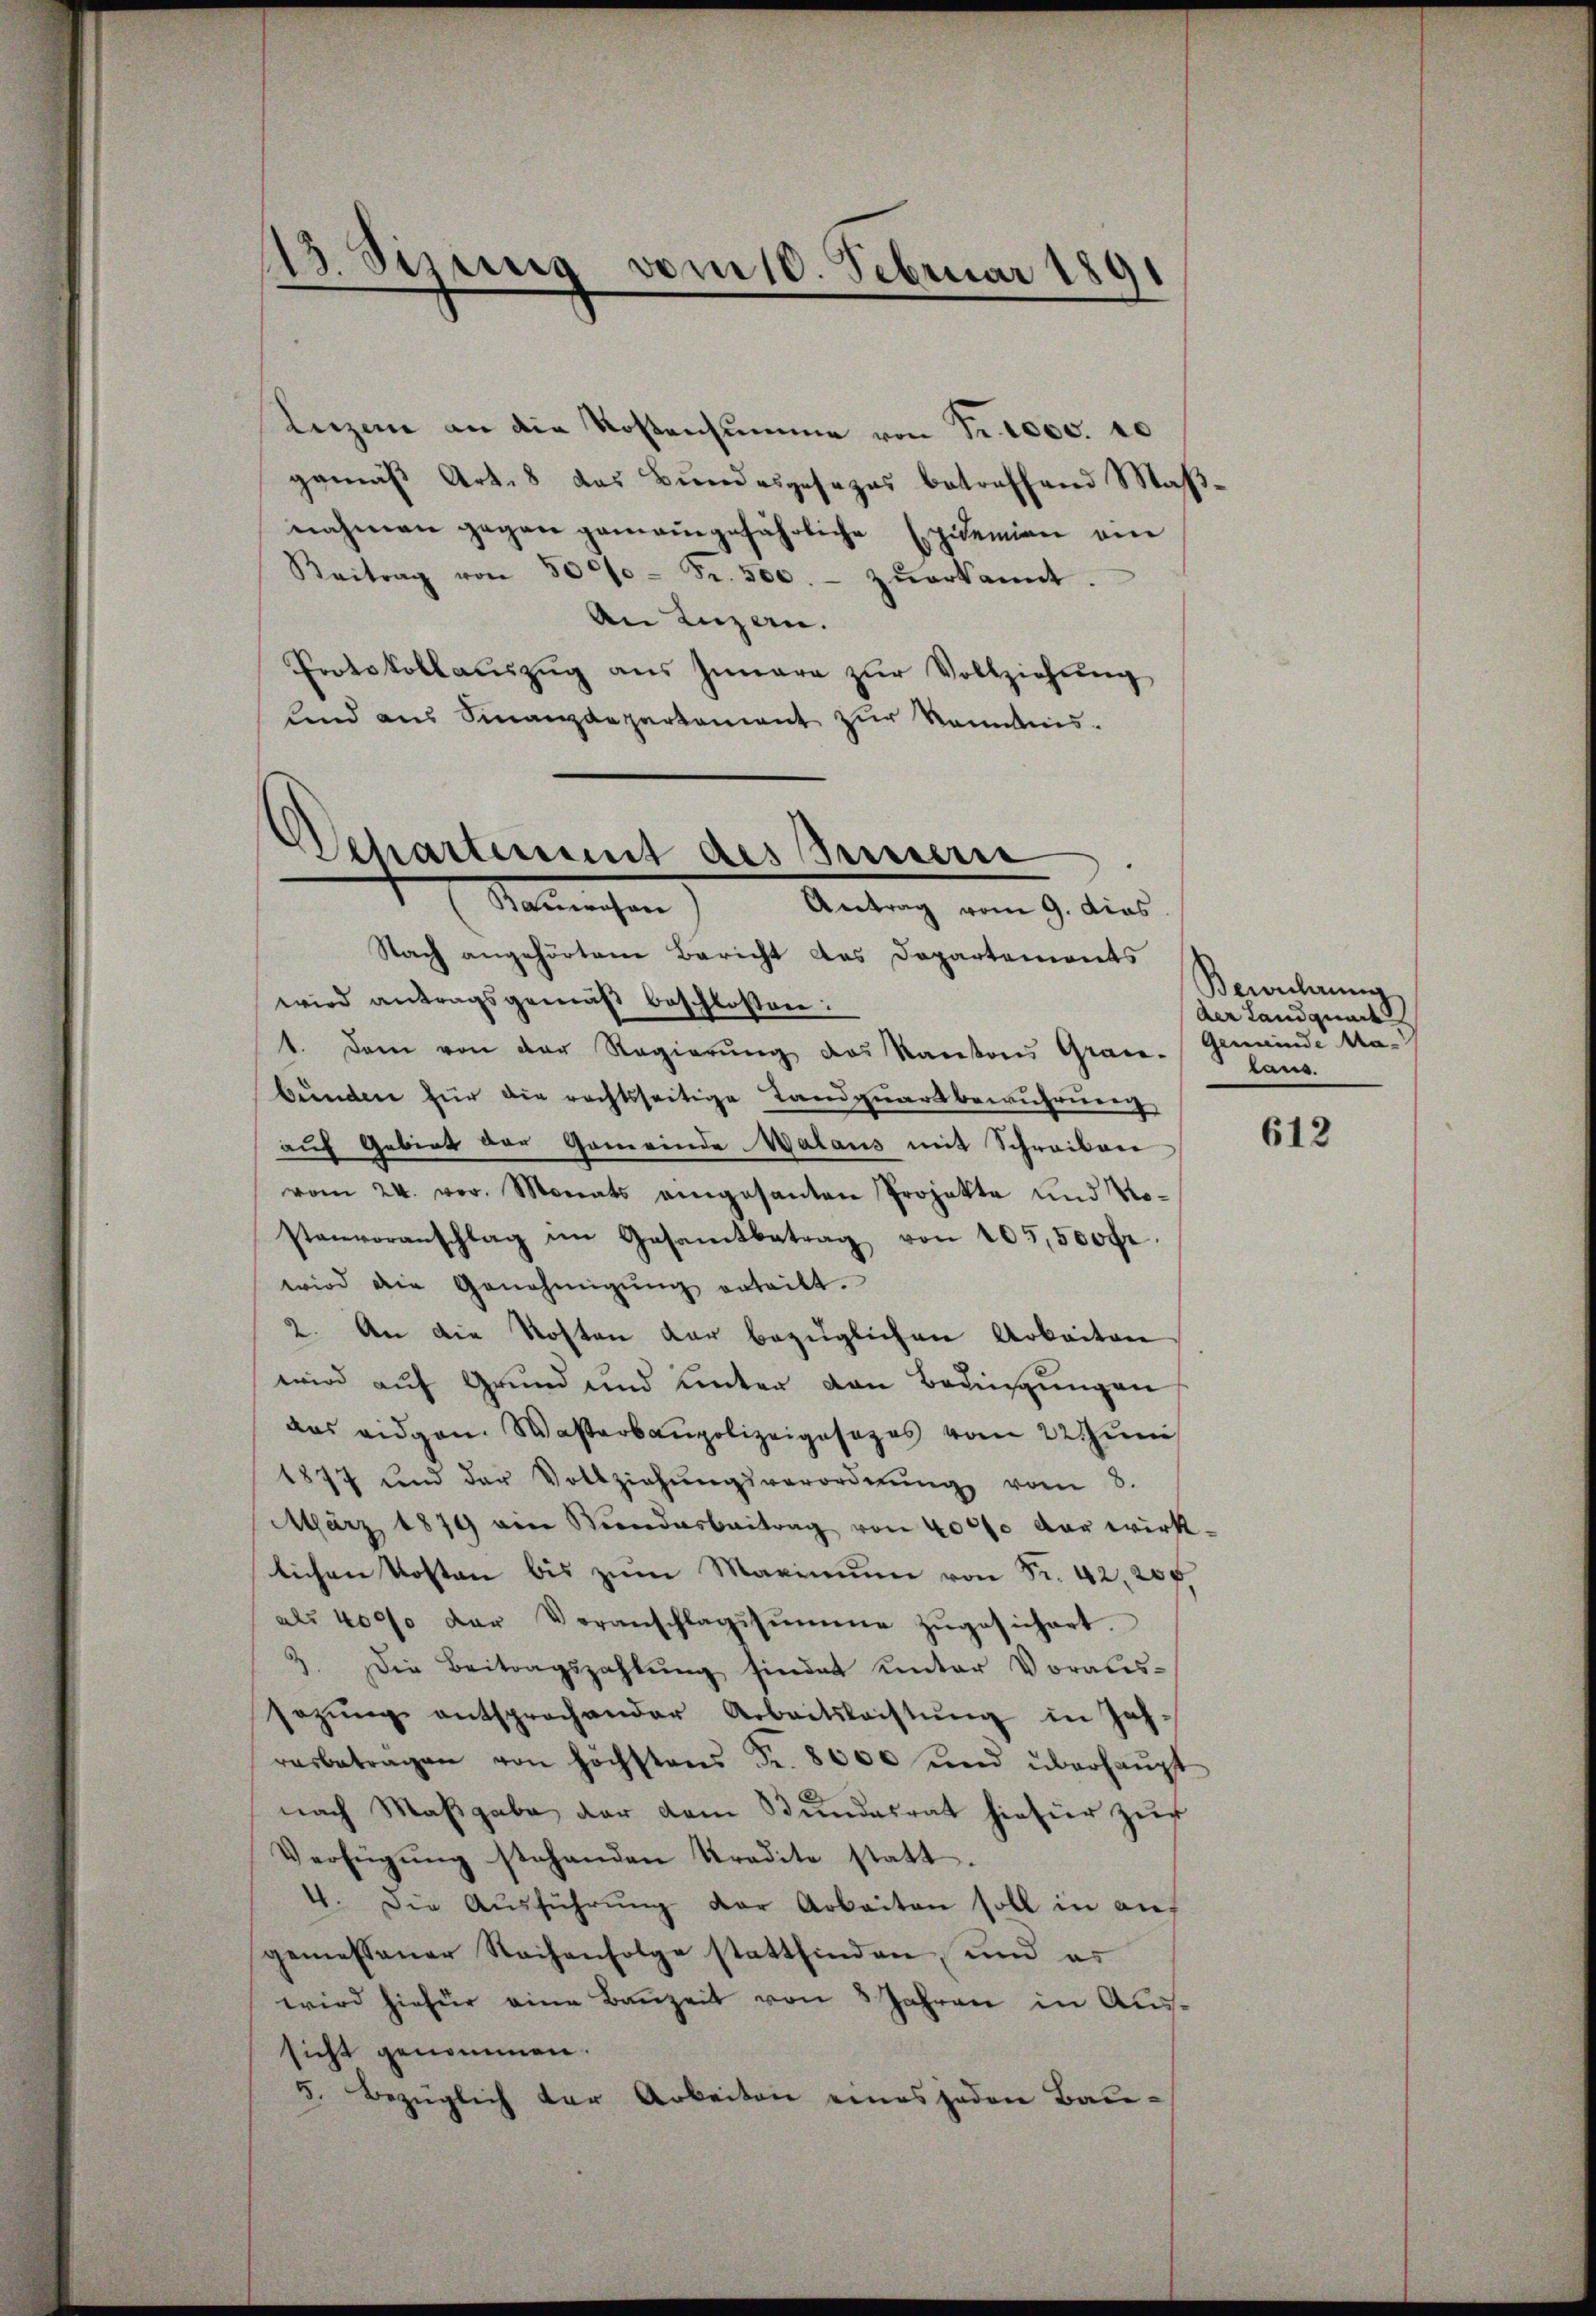
13 Sizung vom 10. Februar 1891
e

Lizen an die Kostensumme von Fr. 1000. 10
gemäβ Art. 8 das Bundesgesezes betreffend Maβ
nahmen gegen gemeingefährliche Epidemien am
Beitrag von 5000 Fr. 500.- zŭerkannt.
An Luzern.
Protokollaŭszŭg aŭs Iunare zŭr Vollziehung
lind aus Finanzdepartement zur Kenntnis.

Departement des Innern
Katechen
Antrag vom 9. dies

Nach angehörten Bericht des Departemonts
wird antragsgemäß beschlossen:
1. Dann von der Regierŭng des Kantons Grau-
bunden für die rechtsseitige Landquartsbewuhrung
auf Gebiet der Gemeinde Malaus mit Schreiben
vom 24. vor. Monats eingesanten Projekte und Nostenvoranschlag im Gesamtbetrag von 105,500fr.
wird die Genehmigŭng erteilt.
2. An die Kosten dar bezüglichen Arbeiten
wird auf Grund und unter von Bedingungen
das eidgen. Wasserbaupolizeigesezes vom 22 Juni
1877 und der Vollziehŭngsverordnŭng vom 8.
März 1879 ein Kindesbeitrag von 40000 der wirk-
lichen Kosten bis zum Maximum von Fr. 42, 206.
als 4000 der Veranschlagssumme zŭgesichert.
3. Die Beitragszahlung sindet unter Voraussezŭng entsprochender Arbeitsleistŭng in Jah-
resbeträgen von höchstens Fr. 8000 und überhaupt
st
nach Maβgabe der dem Bŭndesrat hiefür zŭr
Verfügŭng stehenden Stradite statt.
4. Die Aŭsführŭng der Arbeiten soll in auf
gemessener Sachenfolge stattfinden, und es
wird hiefür eine Bauzeit von 3 Jahren in Aussicht genommen.
5. Bezüglich der Arbeiten eines jeden Bau¬

Berührung
der Landquart
Gemeinde Malaus

612